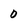
Character: 0